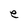
Character: e